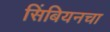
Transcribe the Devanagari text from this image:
सिंबियनचा